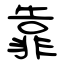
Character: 靠